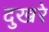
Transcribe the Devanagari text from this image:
दुखरे